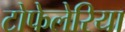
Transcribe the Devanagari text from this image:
टोफेलेरिया